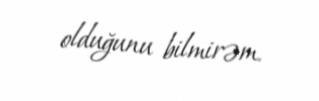
olduğunu bilmirəm.